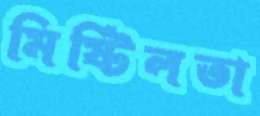
মিষ্টিলতা